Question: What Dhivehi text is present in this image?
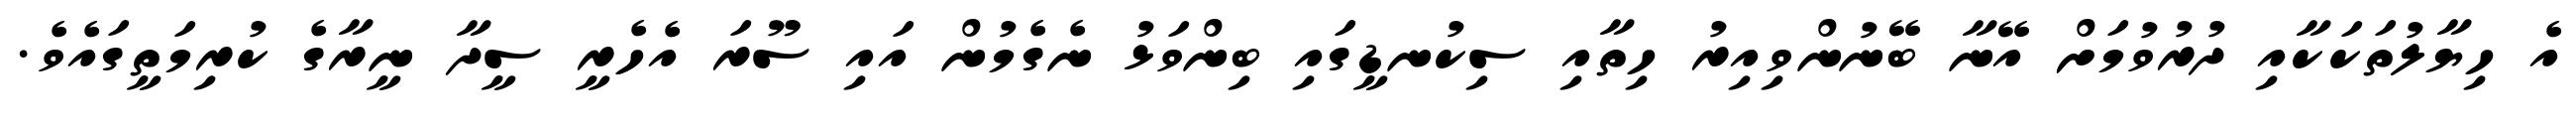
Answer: އެ ހިޔާލުތަކަކާއި ދުރުވުމަށް އޭނާ ބޭނުންވިއިރު ހިތާއި ސިކުނޑީގައި ބިންވަޅު ނެގެމުން އައި ސޫރަ އެހެރީ ސީދާ ނީރާގެ ކުރިމަތީގައެވެ.